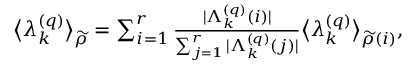
\begin{array} { r } { \big \langle \lambda _ { k } ^ { \left( q \right) } \big \rangle _ { \widetilde { \rho } } = \sum _ { i = 1 } ^ { r } \frac { \vert \Lambda _ { k } ^ { \left( q \right) } \left( i \right) \vert } { \sum _ { j = 1 } ^ { r } \vert \Lambda _ { k } ^ { \left( q \right) } \left( j \right) \vert } \big \langle \lambda _ { k } ^ { \left( q \right) } \big \rangle _ { \widetilde { \rho } \left( i \right) } , } \end{array}